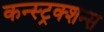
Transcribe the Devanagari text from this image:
कन्स्ट्रक्शन्स